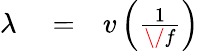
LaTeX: \begin{array}{rlr}{\lambda}&{{}=}&{{v}\left({\frac{1}{\/ f}}\right)}\end{array}